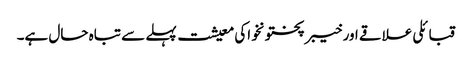
قبائلی علاقے اور خیبر پختونخواکی معیشت پہلے سے تباہ حال ہے۔